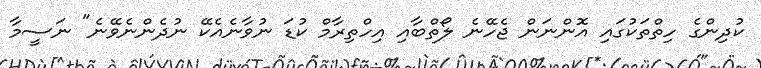
ކުދިންގެ ހިތްތަކުގައި އޮންނަން ޖެހޭނެ ލޯތްބާއި އިހްތިރާމް ކުޑަ ނުވާނެއެކޭ ނުދެންނެވޭނެ" ނަސީމާ